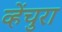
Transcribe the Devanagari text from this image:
व्हेंचुरा